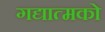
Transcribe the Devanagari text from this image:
गद्यात्‍मको